Lunatic asylums in Bengal annual reports 1912-1924 - 1912-1924
Year: 1912
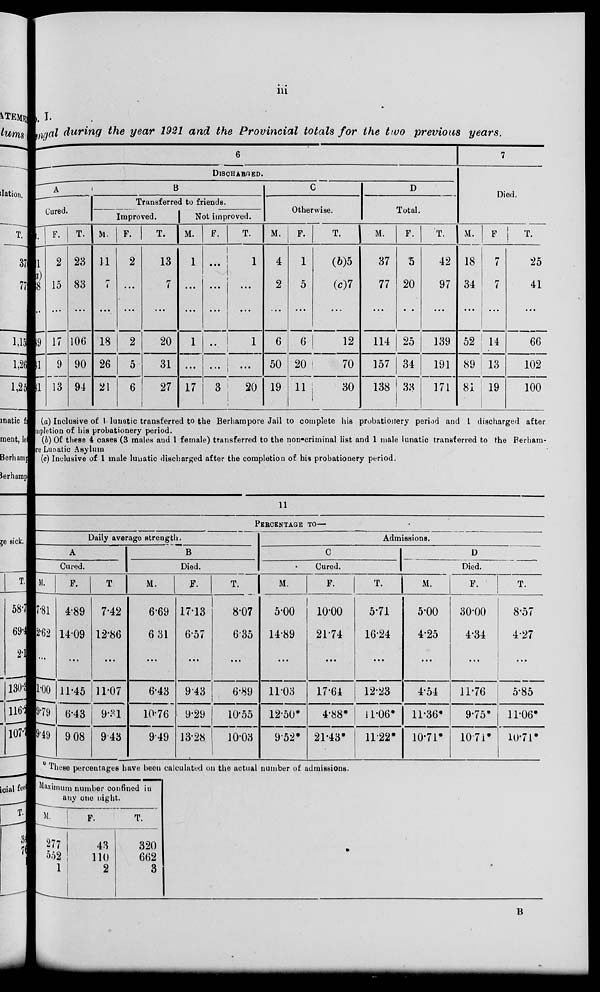
iii
No. I.
Bengal during the year 1921 and the Provincial totals for the two previous
years.
6
DISCHARGED.
A
Cured.
M.
21
(i)
8
...
89
81
81
F.
2
15
...
17
9
13
T.
23
83
...
106
90
94
B
Transferred to friends.
Improved.
M.
11
7
...
18
26
21
F.
2
...
...
2
5
6
T.
13
7
...
20
31
27
Not improved.
M.
1
...
...
1
...
17
F.
...
...
...
...
...
3
T.
1
...
...
1
...
20
C
Otherwise.
M.
4
2
...
6
50
19
F.
1
5
...
6
20
11
T.
(b)5
(c)7
...
12
70
30
D
Total.
M.
37
77
...
114
157
138
F.
5
20
...
25
34
33
T.
42
97
...
139
191
171
7
Died.
M.
18
34
...
52
89
81
F
7
7
...
14
13
19
T.
25
41
...
66
102
100
(a) Inclusive of 1 lunatic transferred to the Berhampore Jail to complete his probationery period and 1 discharged after
mpletion of his probationery period.
(b) Of these 4 cases (3 males and 1 female) transferred to the non-criminal list and 1 male lunatic transferred to the Berham-
re Lunatic Asylum
(c) Inclusive of 1 male lunatic discharged after the completion of his probationery period.
11
PERCENTAGE TO—
Daily average strength.
A
Cured.
M.
7.81
2.62
...
1.00
9.79
9.49
F.
4.89
14.09
...
11.45
6.43
9.08
T.
7.42
12.86
...
11.07
9.31
9.43
B
Died.
M.
6.69
6.31
...
6.43
10.76
9.49
F.
17.13
6.57
...
9.43
9.29
13.28
T.
8.07
6.35
...
6.89
10.55
10.03
Admissions.
C
Cured.
M.
5.00
14.89
...
11.03
12.50*
9.52*
F.
10.00
21.74
...
17.64
4.88*
21.43*
T.
5.71
16.24
...
12.23
11.06*
11.22*
D
Died.
M.
5.00
4.25
...
4.54
11.36*
10.71*
F.
30.00
4.34
...
11.76
9.75*
10.71*
T.
8.57
4.27
...
5.85
11.06*
10.71*
* These percentages have been calculated on the actual number of admissions.
Maximum number confined in
any one night.
M.
277
552
1
F.
43
110
2
T.
320
662
3
B